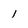
Character: l